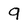
Character: 9